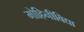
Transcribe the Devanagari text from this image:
मोहिनीविद्या